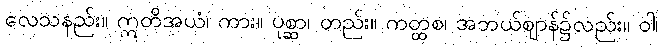
လေသနည်း။ ဣတိအယံ၊ ကား။ ပုစ္ဆာ၊ တည်း။ ကတ္ထစ၊ အဘယ်ဈာန်၌လည်း။ ဝါ၊